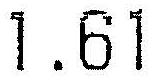
1.61